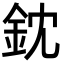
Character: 鈂